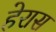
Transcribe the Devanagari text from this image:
हेरास